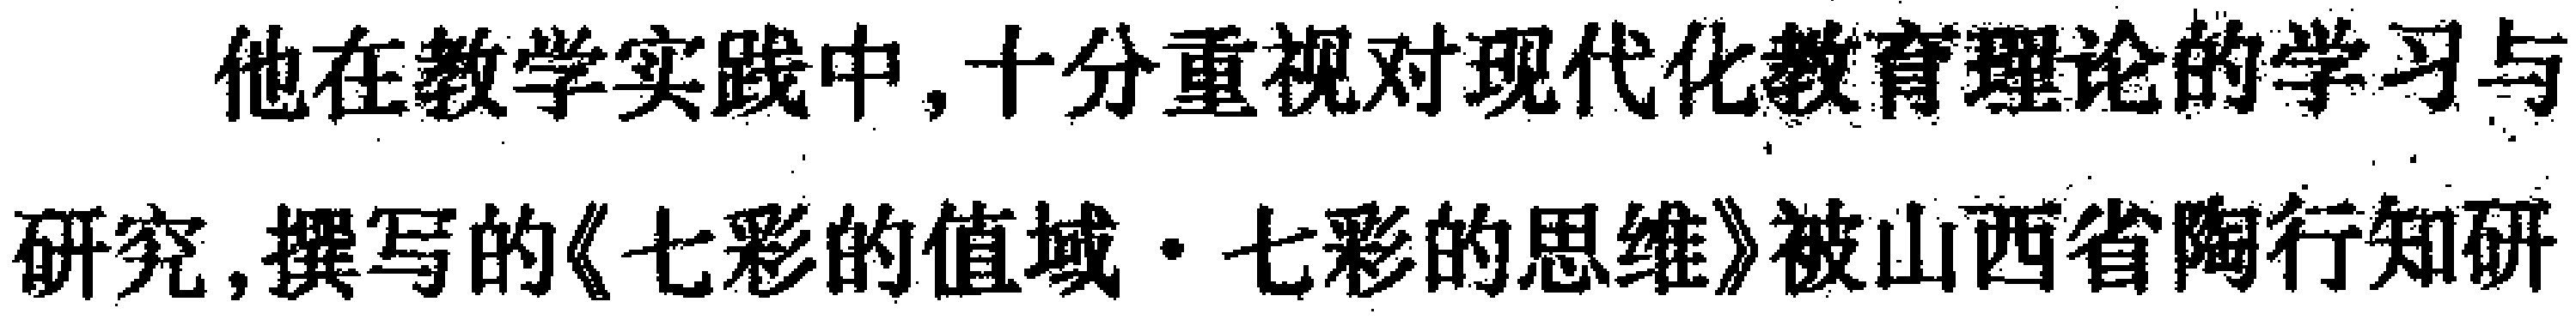
他在教学实践中,十分重视对现代化教育理论的学习与研究,撰写的《七彩的值域$\cdot$七彩的思维》被山西省陶行知研